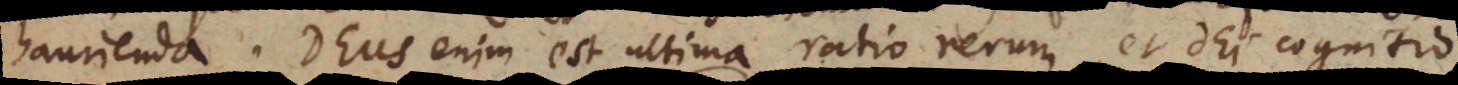
haurienda. Deus enim est ultima ratio rerum, et Dei cognitio